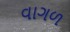
વાગળ